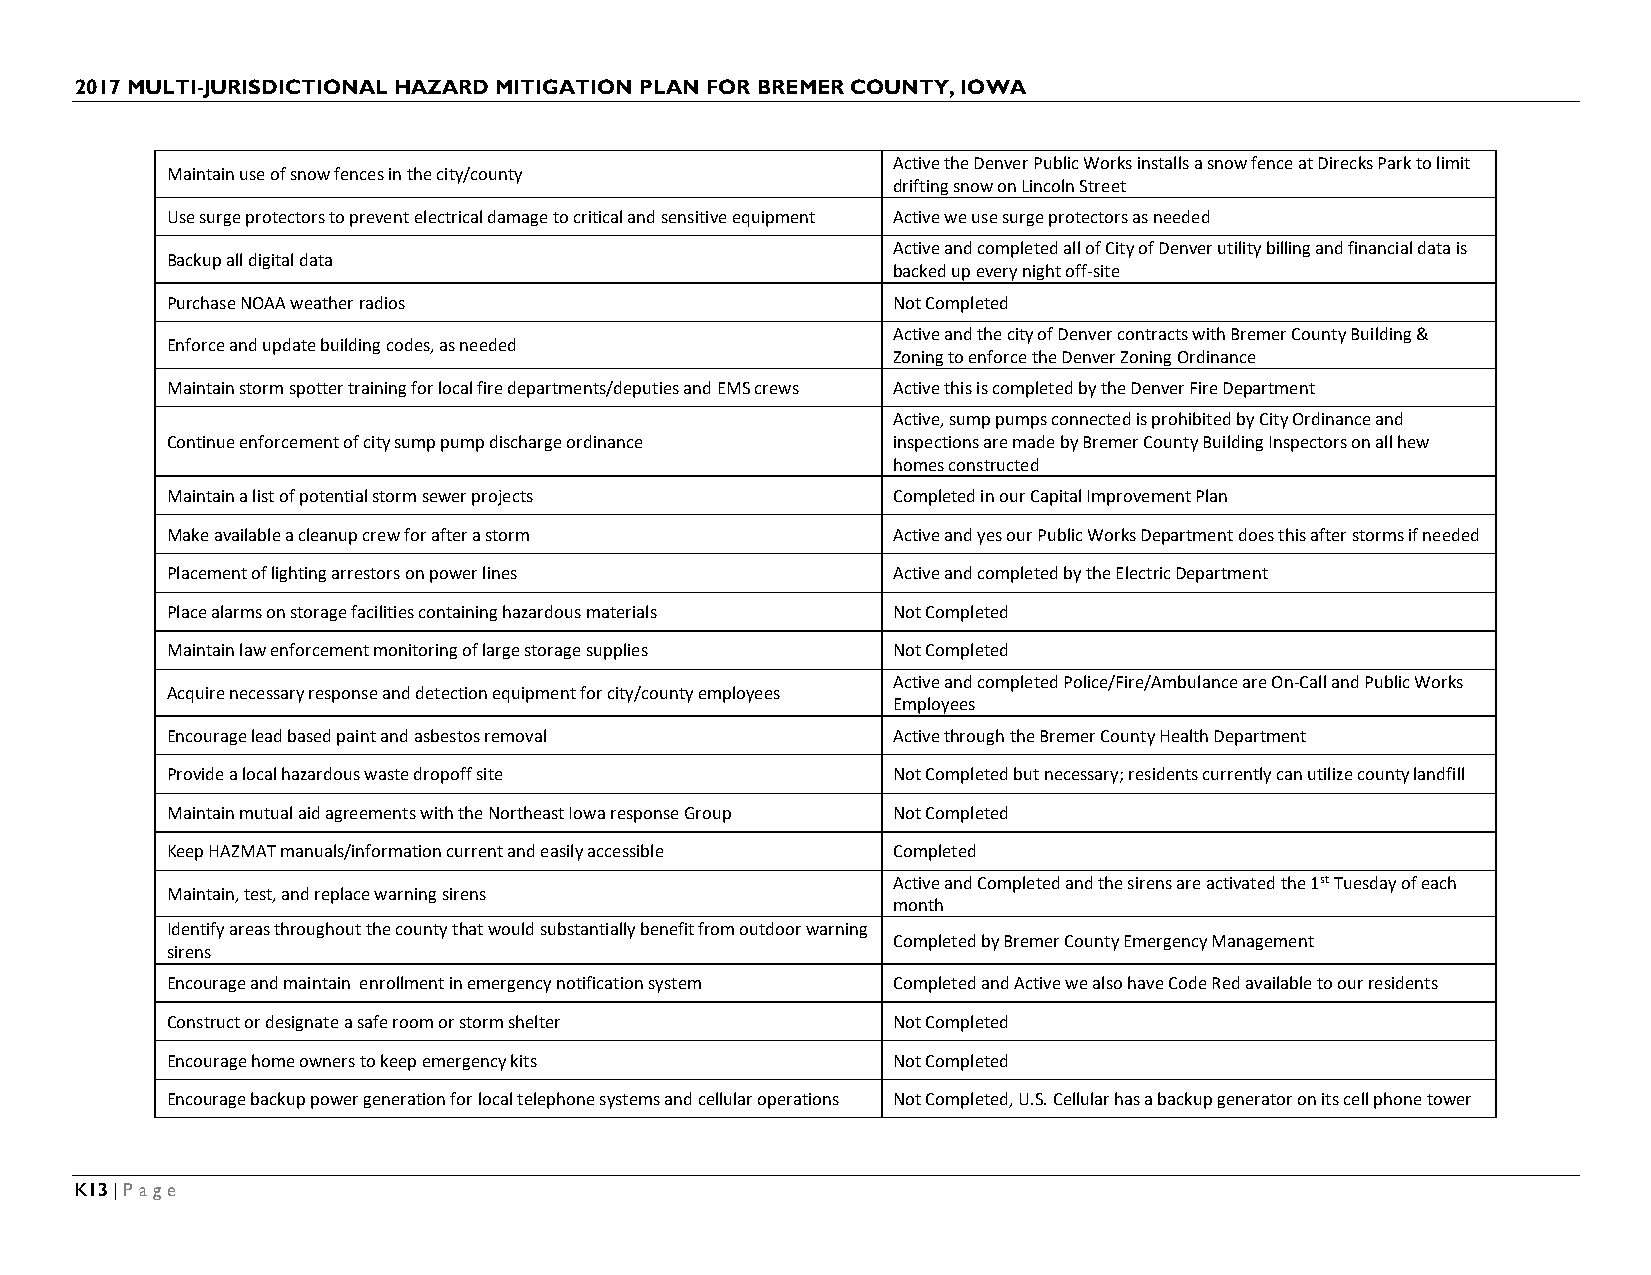
2017 MULTI-JURISDICTIONAL HAZARD MITIGATION PLAN FOR BREMER COUNTY, IOWA
 Active the Denver Public Works installs a snow fence at Direcks Park to limit
 Maintain use of snow fences in the city/county
 drifting snow on Lincoln Street
 Use surge protectors to prevent electrical damage to critical and sensitive equipment Active we use surge protectors as needed
 Active and completed all of City of Denver utility billing and financial data is
 Backup all digital data
 backed up every night off-site
 Purchase NOAA weather radios                    Not Completed
 Active and the city of Denver contracts with Bremer County Building &
 Enforce and update building codes, as needed
 Zoning to enforce the Denver Zoning Ordinance
 Maintain storm spotter training for local fire departments/deputies and EMS crews Active this is completed by the Denver Fire Department
 Active, sump pumps connected is prohibited by City Ordinance and
 Continue enforcement of city sump pump discharge ordinance inspections are made by Bremer County Building Inspectors on all hew
 homes constructed
 Maintain a list of potential storm sewer projects Completed in our Capital Improvement Plan
 Make available a cleanup crew for after a storm Active and yes our Public Works Department does this after storms if needed
 Placement of lighting arrestors on power lines  Active and completed by the Electric Department
 Place alarms on storage facilities containing hazardous materials Not Completed
 Maintain law enforcement monitoring of large storage supplies Not Completed
 Active and completed Police/Fire/Ambulance are On-Call and Public Works
 Acquire necessary response and detection equipment for city/county employees
 Employees
 Encourage lead based paint and asbestos removal Active through the Bremer County Health Department
 Provide a local hazardous waste dropoff site    Not Completed but necessary; residents currently can utilize county landfill
 Maintain mutual aid agreements with the Northeast Iowa response Group Not Completed
 Keep HAZMAT manuals/information current and easily accessible Completed
 Active and Completed and the sirens are activated the 1st Tuesday of each
 Maintain, test, and replace warning sirens
 month
 Identify areas throughout the county that would substantially benefit from outdoor warning
 Completed by Bremer County Emergency Management
 sirens
 Encourage and maintain enrollment in emergency notification system Completed and Active we also have Code Red available to our residents
 Construct or designate a safe room or storm shelter Not Completed
 Encourage home owners to keep emergency kits    Not Completed
 Encourage backup power generation for local telephone systems and cellular operations Not Completed, U.S. Cellular has a backup generator on its cell phone tower
 K13 | Page